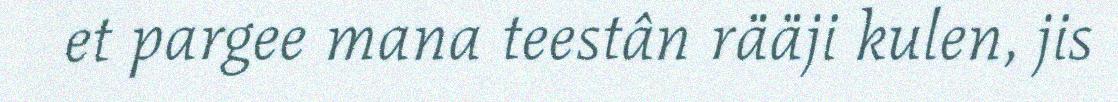
et pargee mana teestân rääji kulen, jis